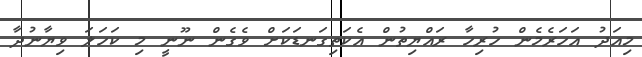
މިއަދު އަހަރެމެން ހުރިހާ ރައްޔިތުން އެކަތިގަނޑަކަށް ވެގެން ނޫނީ މި ކަހަލަ ވިޔާނުދާ